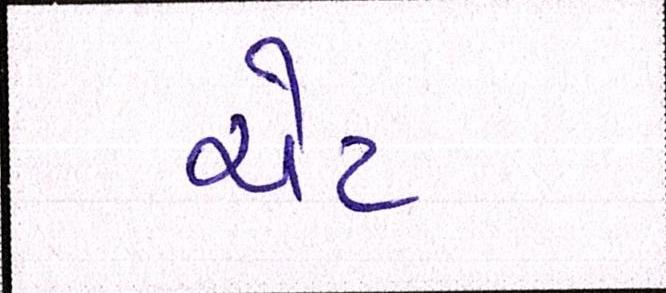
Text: ચેટ